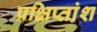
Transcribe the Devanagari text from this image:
प्रक्षिप्तांश